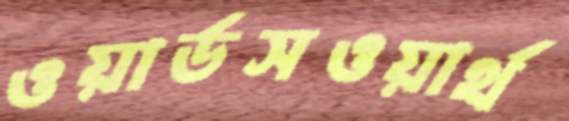
ওয়ার্ডসওয়ার্থ